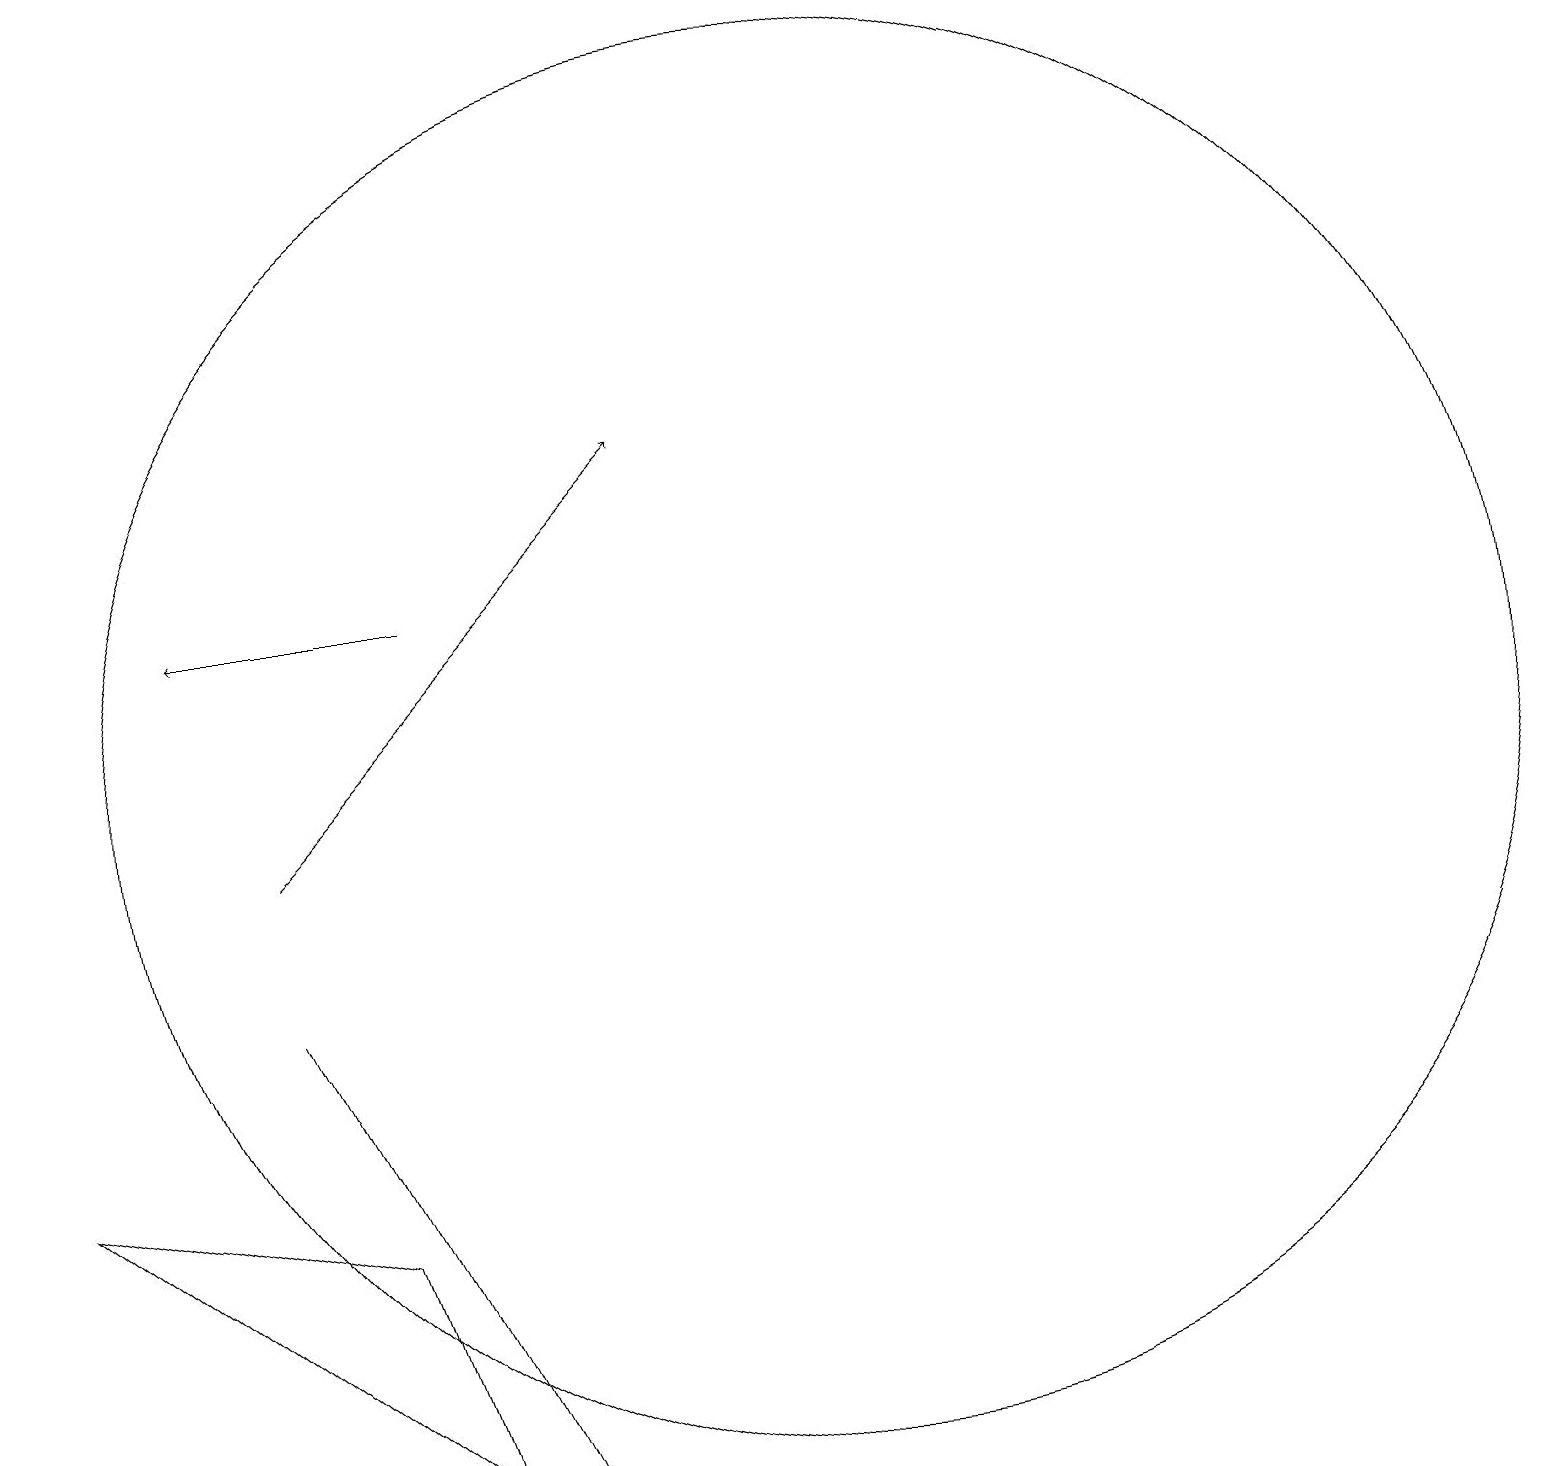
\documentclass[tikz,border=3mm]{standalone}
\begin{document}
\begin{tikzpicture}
\draw[->] (6,13) -- (3,13);
\draw (6,4) -- (7,2) -- (4,8) -- cycle;
\draw (6,2) -- (5,5) -- (1,6) -- cycle;
\draw[->] (4,10) -- (9,15);
\draw (11,11) circle (9);
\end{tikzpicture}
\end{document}